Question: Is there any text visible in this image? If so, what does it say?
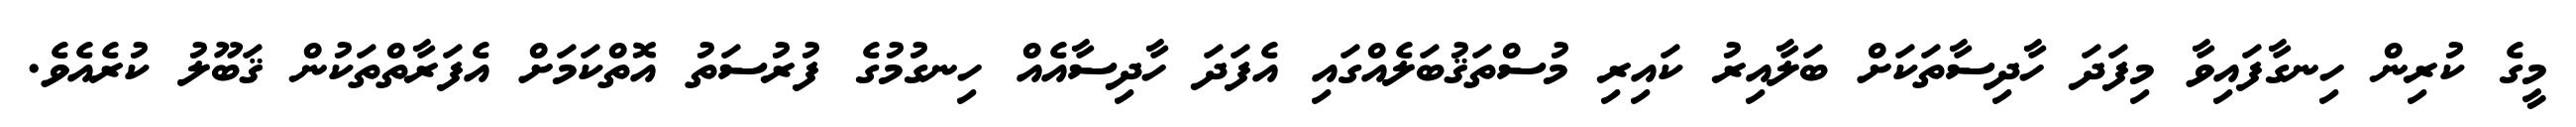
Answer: މީގެ ކުރިން ހިނގާފައިވާ މިފަދަ ހާދިސާތަކަށް ބަލާއިރު ކައިރި މުސްތަޤުބަލެއްގައި އެފަދަ ހާދިސާއެއް ހިނގުމުގެ ފުރުސަތު އޮތްކަމަށް އެފަރާތްތަކުން ޤަބޫލު ކުރެއެވެ.